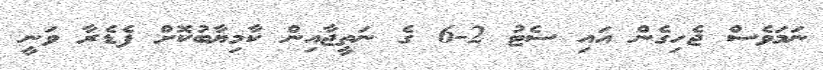
ނަމަވެސް ޖެހިގެން އައި ސެޓު 2-6 ގެ ނަތީޖާއިން ކާމިޔާބުކޮށް ފެޑެރާ ވަނީ